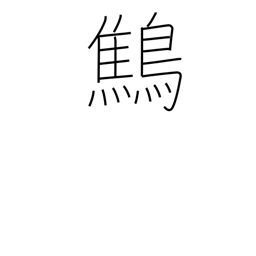
Meaning: wren